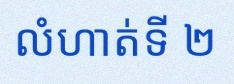
លំហាត់ទី ២